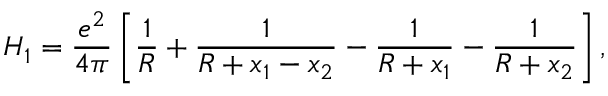
H _ { 1 } = \frac { e ^ { 2 } } { 4 \pi } \left[ \frac { 1 } { R } + \frac { 1 } { R + x _ { 1 } - x _ { 2 } } - \frac { 1 } { R + x _ { 1 } } - \frac { 1 } { R + x _ { 2 } } \right] ,